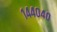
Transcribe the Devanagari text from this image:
१४४०४०